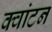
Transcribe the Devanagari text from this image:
क्वांटन